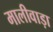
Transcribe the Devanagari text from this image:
मालीवाड़ा